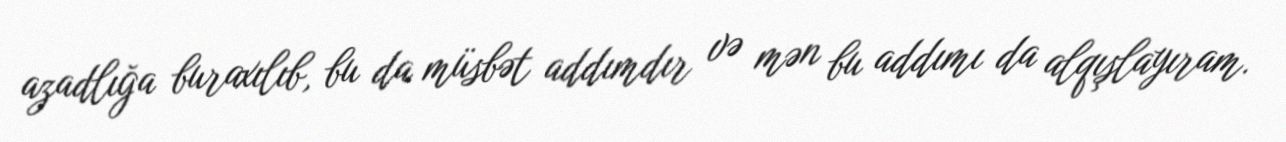
azadlığa buraxılıb, bu da müsbət addımdır və mən bu addımı da alqışlayıram.